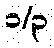
၁/၃